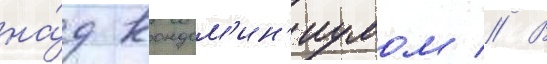
на́д кондом'ин'иумом // В